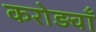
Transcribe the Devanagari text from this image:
करोड़वाँ